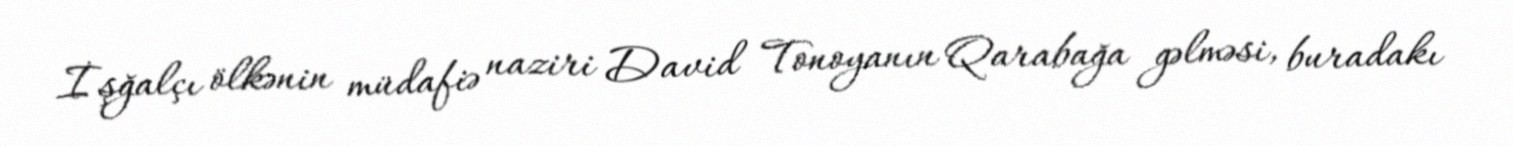
İşğalçı ölkənin müdafiə naziri David Tonoyanın Qarabağa gəlməsi, buradakı